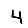
Digit: 4